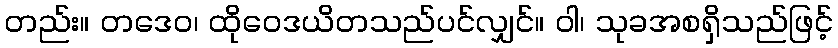
တည်း။ တဒေဝ၊ ထိုဝေဒယိတသည်ပင်လျှင်။ ဝါ၊ သုခအစရှိသည်ဖြင့်